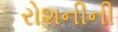
રોશનીની